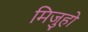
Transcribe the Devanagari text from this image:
मिजुहो